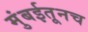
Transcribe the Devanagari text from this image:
मुंबईतूनच